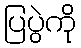
ပြပွဲကို